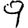
Digit: 9